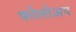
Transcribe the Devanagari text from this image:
फोलोअप